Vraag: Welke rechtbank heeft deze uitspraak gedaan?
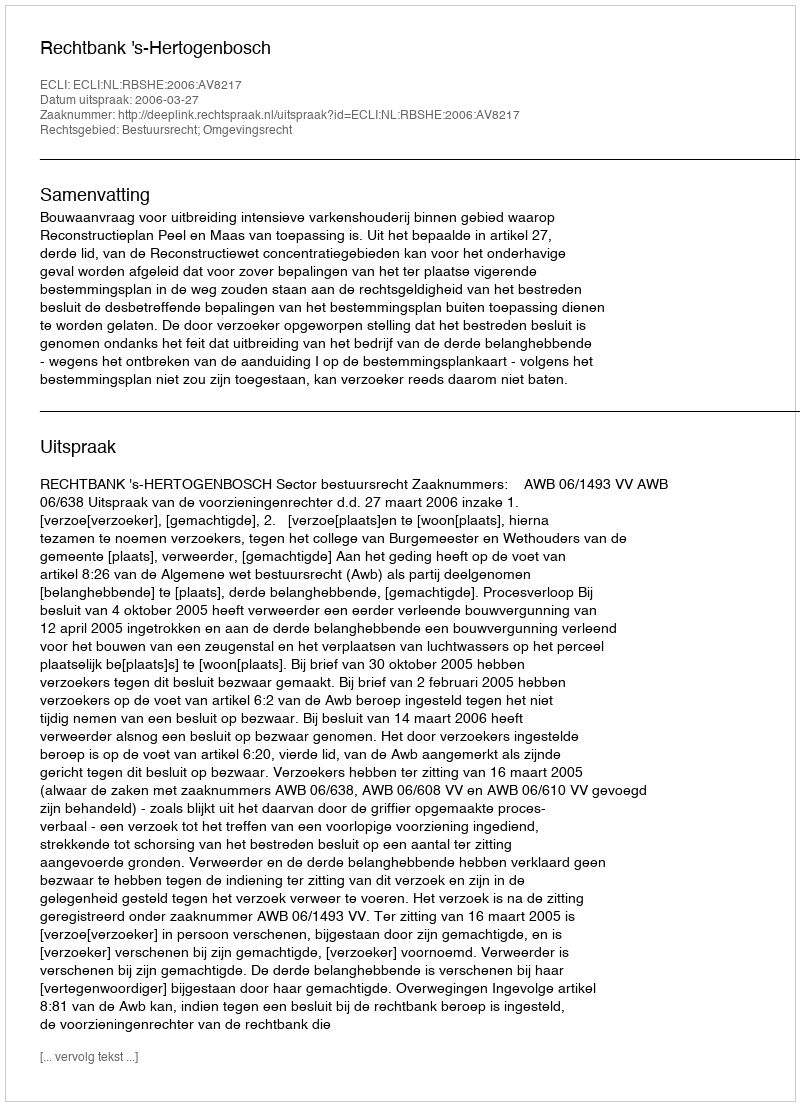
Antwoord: Rechtbank 's-Hertogenbosch